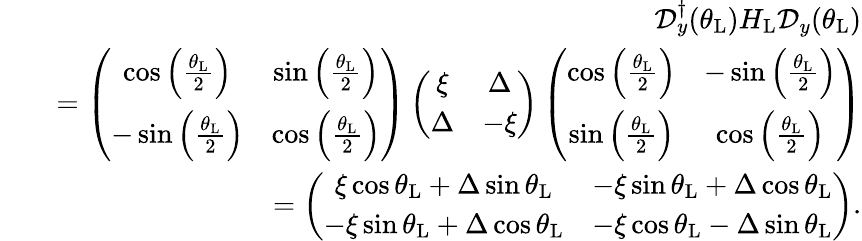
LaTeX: \begin{array}{rlr}&{}&{\mathcal{D}_{y}^{\dagger}(\theta_{\mathrm{L}})H_{\mathrm{L}}\mathcal{D}_{y}(\theta_{\mathrm{L}})}\\ &{}&{=\left(\begin{array}{cc}{\cos\left(\frac{\theta_{\mathrm{L}}}{2}\right)}&{\sin\left(\frac{\theta_{\mathrm{L}}}{2}\right)}\\ {-\sin\left(\frac{\theta_{\mathrm{L}}}{2}\right)}&{\cos\left(\frac{\theta_{\mathrm{L}}}{2}\right)}\end{array}\right)\left(\begin{array}{cc}{\xi}&{\Delta}\\ {\Delta}&{-\xi}\end{array}\right)\left(\begin{array}{cc}{\cos\left(\frac{\theta_{\mathrm{L}}}{2}\right)}&{-\sin\left(\frac{\theta_{\mathrm{L}}}{2}\right)}\\ {\sin\left(\frac{\theta_{\mathrm{L}}}{2}\right)}&{\cos\left(\frac{\theta_{\mathrm{L}}}{2}\right)}\end{array}\right)}\\ &{}&{=\left(\begin{array}{cc}{\xi\cos\theta_{\mathrm{L}}+\Delta\sin\theta_{\mathrm{L}}}&{-\xi\sin\theta_{\mathrm{L}}+\Delta\cos\theta_{\mathrm{L}}}\\ {-\xi\sin\theta_{\mathrm{L}}+\Delta\cos\theta_{\mathrm{L}}}&{-\xi\cos\theta_{\mathrm{L}}-\Delta\sin\theta_{\mathrm{L}}}\end{array}\right).}\end{array}